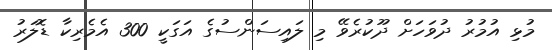
މުޅި އުމުރު ދުވަހަށް ދޫކުރެވޭ މި ލައިސަންސުގެ އަގަކީ 300 އެމެރިކާ ޑޮލަރު